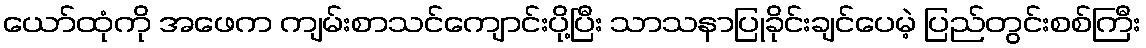
ယော်ထုံကို အဖေက ကျမ်းစာသင်ကျောင်းပို့ပြီး သာသနာပြုခိုင်းချင်ပေမဲ့ ပြည်တွင်းစစ်ကြီး